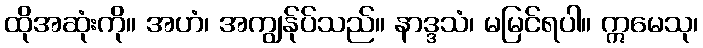
ထိုအဆုံးကို။ အဟံ၊ အကျွန်ုပ်သည်။ နာဒ္ဒသံ၊ မမြင်ရပါ။ ဣမေသု၊